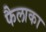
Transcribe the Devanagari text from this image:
फैलाका